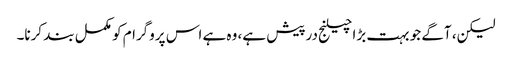
لیکن، آگے جو بہت بڑا چیلنج درپیش ہے، وہ ہے اس پروگرام کو مکمل بند کرنا۔